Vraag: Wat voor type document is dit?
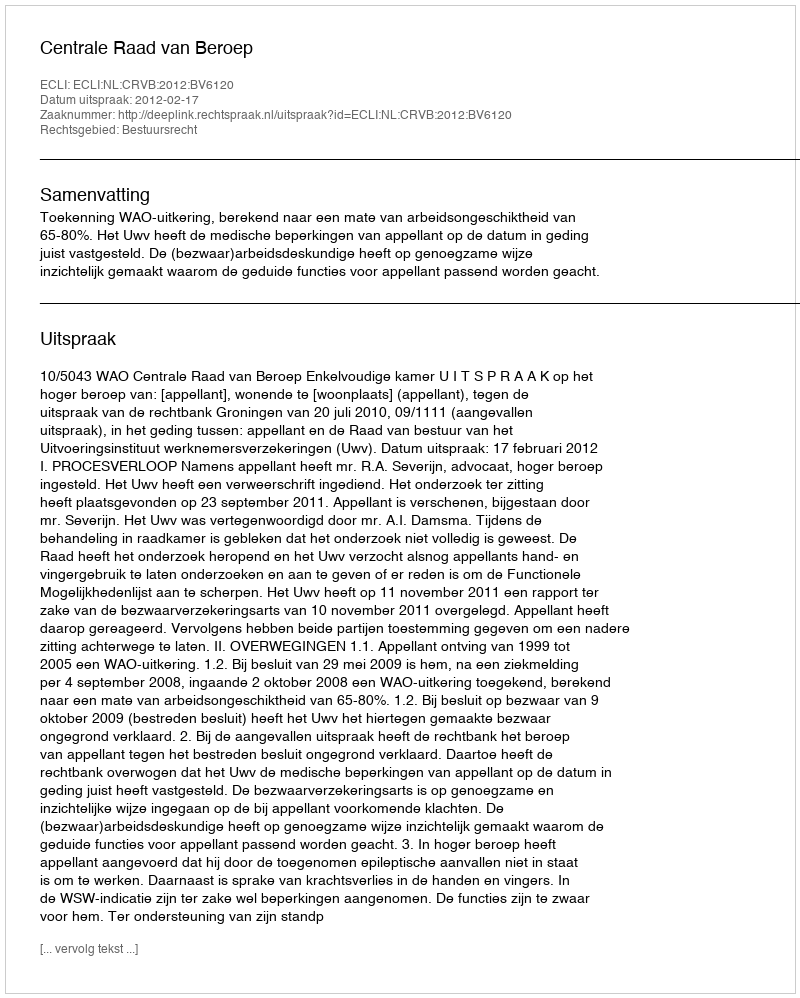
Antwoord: Uitspraak